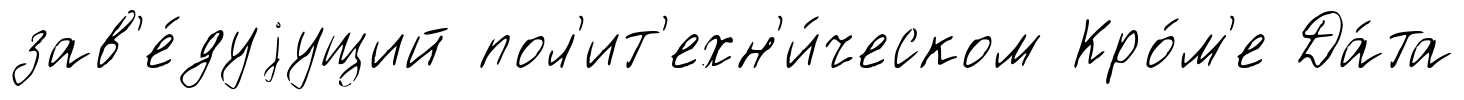
зав'е́дуjущий пол'ит'ехн'и́ческом Кро́м'е Да́та